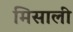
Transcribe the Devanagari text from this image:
मिसाली